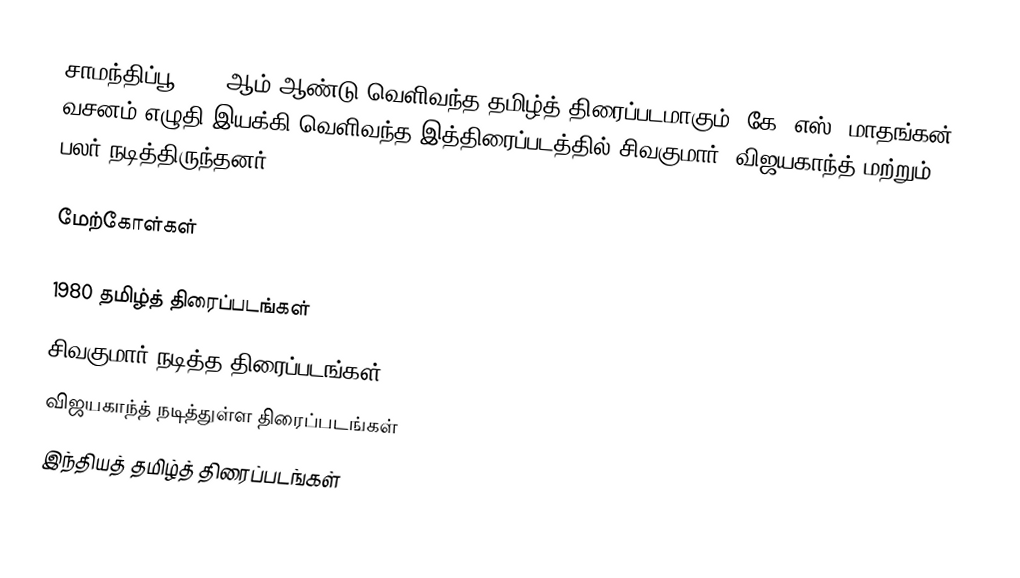
சாமந்திப்பூ 1980 ஆம் ஆண்டு வெளிவந்த தமிழ்த் திரைப்படமாகும். கே. எஸ். மாதங்கன் வசனம் எழுதி இயக்கி வெளிவந்த இத்திரைப்படத்தில் சிவகுமார், விஜயகாந்த் மற்றும் பலர் நடித்திருந்தனர்.

மேற்கோள்கள்

1980 தமிழ்த் திரைப்படங்கள்
சிவகுமார் நடித்த திரைப்படங்கள்
விஜயகாந்த் நடித்துள்ள திரைப்படங்கள்
இந்தியத் தமிழ்த் திரைப்படங்கள்